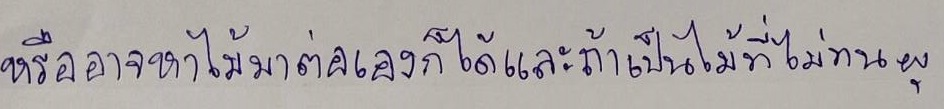
หรืออาจหาไม้มาต่อเองก็ได้และถ้าเป็นไม้ที่ไม่ทนผุ